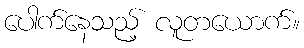
ပေါက်နေသည့် လူတယောက်။